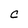
Character: C